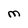
Character: M